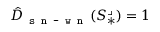
\hat { D } _ { \texttt { s n - w n } } ( S _ { * } ^ { \lrcorner } ) = 1